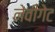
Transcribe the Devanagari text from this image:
नेवीगेट